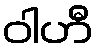
ဝါဟီ